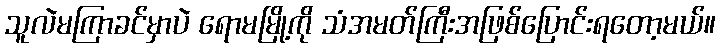
သူလဲမကြာခင်မှာပဲ ရောမမြို့ကို သံအမတ်ကြီးအဖြစ်ပြောင်းရတော့မယ်။